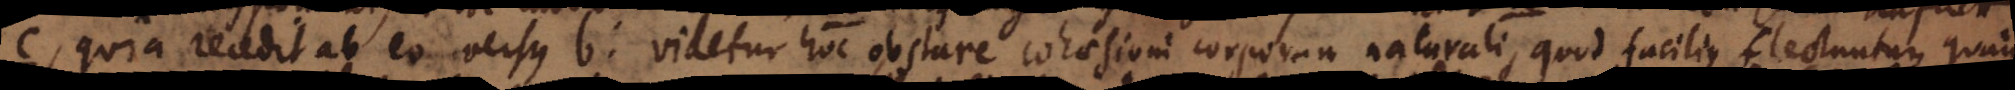
c, quia recedit ab eo versus b: videtur hoc obstare cohaesioni corporum naturali, quod facilius flectuntur quam